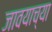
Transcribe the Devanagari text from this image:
जावयाच्या